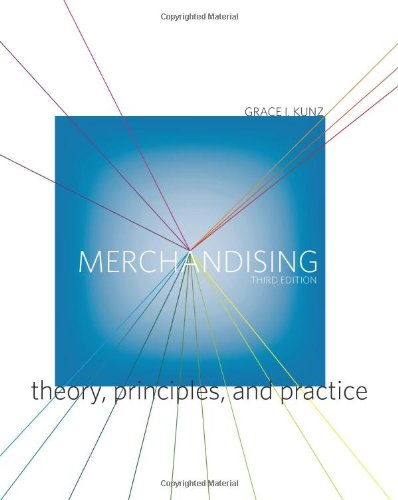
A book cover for Merchandising: Theory, Principles, and Practice 3rd Edition; Grace I. Kunz; Business & Money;